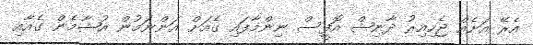
އެރޭ އަށެއް ޖެހިއިރު ދާނިޝް އޮފީސް ނިންމާފައި ގެއަށް އަންނަމުން އުޝާމެން ގެއާއި